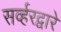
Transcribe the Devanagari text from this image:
सर्व्हरद्वारे